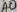
Text: A0